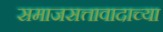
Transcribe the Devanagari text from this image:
समाजसत्तावादाच्या